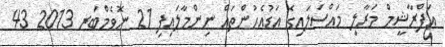
އަފްރާޝީމް މަރާލި މައްސަލައިގެ އަޑުއެހުންތައް ނިންމާލައިފި 21 ނޮވެމްބަރ 2013 43